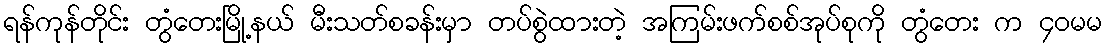
ရန်ကုန်တိုင်း တွံတေးမြို့နယ် မီးသတ်စခန်းမှာ တပ်စွဲထားတဲ့ အကြမ်းဖက်စစ်အုပ်စုကို တွံတေး က ၄၀မမ